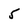
Character: 5